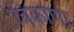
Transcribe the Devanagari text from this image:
त्रिकोणा